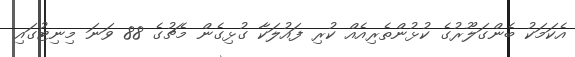
އެކަމަކު ބެންގަލޫރުގެ ކުޅުންތެރިއެއް ކުރި ފައުލަކާ ގުޅިގެން މެޗުގެ 88 ވަނަ މިނިޓުގައި